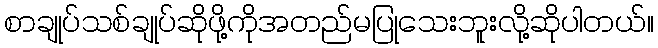
စာချုပ်သစ်ချုပ်ဆိုဖို့ကိုအတည်မပြုသေးဘူးလို့ဆိုပါတယ်။